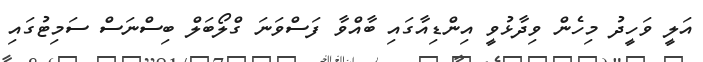
އަލީ ވަހީދު މިހެން ވިދާޅުވީ އިންޑިއާގައި ބާއްވާ ފަސްވަނަ ގްލޯބަލް ބިސްނަސް ސަމިޓުގައި